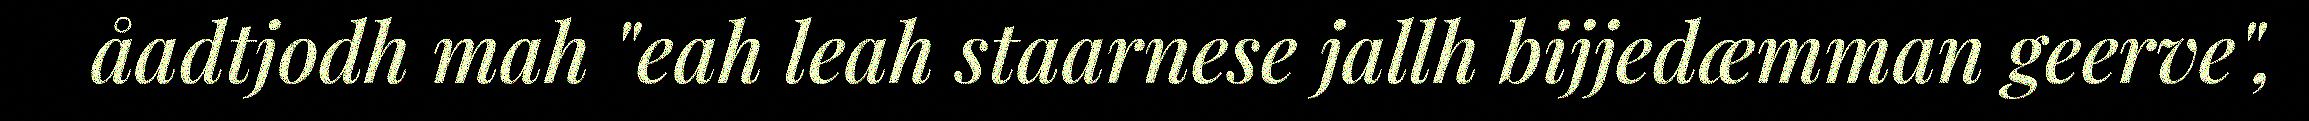
åadtjodh mah "eah leah staarnese jallh bijjedæmman geerve",